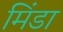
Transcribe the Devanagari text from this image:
मिंडा